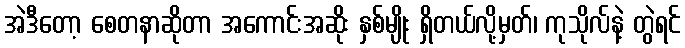
အဲဒီတော့ စေတနာဆိုတာ အကောင်းအဆိုး နှစ်မျိုး ရှိတယ်လို့မှတ်၊ ကုသိုလ်နဲ့ တွဲရင်